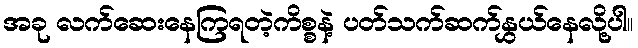
အခု လက်ဆေးနေကြရတဲ့ကိစ္စနဲ့ ပတ်သက်ဆက်နွှယ်နေလို့ပါ။